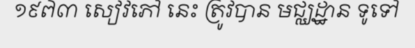
១៩៧៣ សៀវភៅ នេះ ត្រូវបាន មជ្ឈដ្ឋាន ទូទៅ